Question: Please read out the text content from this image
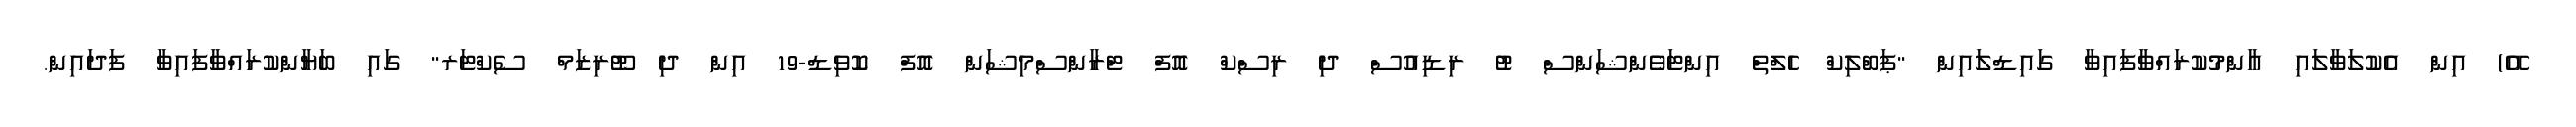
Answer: އޭ) އިން އެކުލަވާލައި އާންމުކުރައްވާފައިވާ ގައިޑްލައިން "ޕަބްލިކް ހެލްތް އިންޓަވެންޝަންސް ޓު ރިޑިއުސް ދި ރިސްކް އޮފް ޓްރާންސްމިޝަން އޮފް ކޮވިޑް-19 އިން ދި ޓޫރިޒަމް ސެކްޓަރ" ގައި ބަޔާންކުރައްވާފައިވާ ފަދައިން.